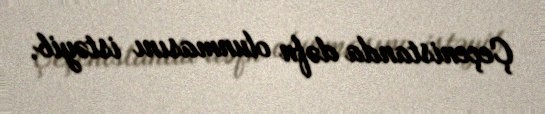
Çeçenistanda dəfn olunmasını istəyib.